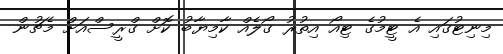
މިނިޓުގައި އެ ޓީމުގެ ޓިއޯ އިތުރު ގޯލެއް ކާމިޔާބު ކޮށް ގްރީސްއަށް މެޗުން